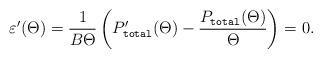
LaTeX: \begin{align*}\varepsilon'(\Theta)=\frac{1}{B\Theta}\left(P_{\texttt{total}}'(\Theta)-\frac{P_\texttt{total}(\Theta)}{\Theta}\right)=0.\end{align*}